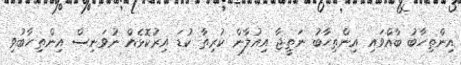
އިންތިހާބު ބާއްވައި އިންތިހާބު ނަތީޖާ އިއުލާން ކުރިތާ ކުޑަ އިރުކޮޅެއް ނުވަނިސް އިންތިހާބުވި